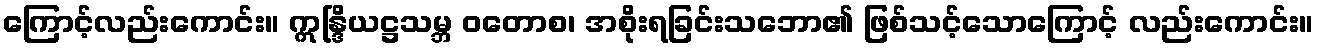
ကြောင့်လည်းကောင်း။ ဣန္ဒြိယဋ္ဌသမ္ဘ ဝတောစ၊ အစိုးရခြင်းသဘော၏ ဖြစ်သင့်သောကြောင့် လည်းကောင်း။